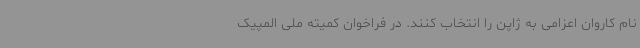
نام کاروان اعزامی به ژاپن را انتخاب کنند. در فراخوان کمیته ملی المپیک